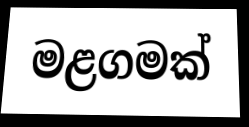
මළගමක්